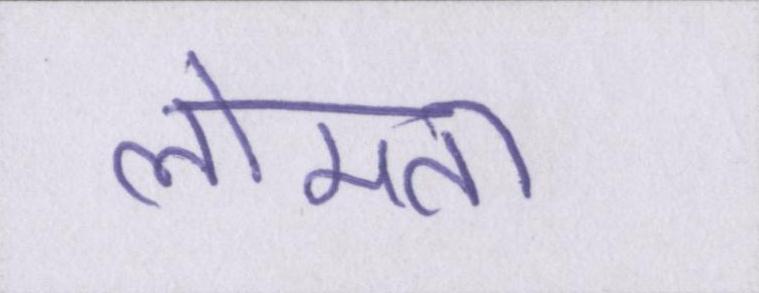
लोमता